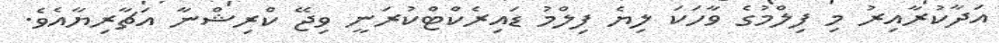
އަދާކުރާއިރު މި ފިލްމުގެ ވާހަކަ ލިޔެ ފިލްމު ޑައިރެކްޓްކުރަނީ ވިޖޭ ކްރިޝްނާ އަޗާރިޔާއެވެ.